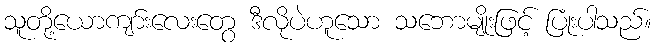
သူတို့ယောကျာ်းလေးတွေ ဒီလိုပဲဟူသော သဘောမျိုးဖြင့် ပြုံးပါသည်။